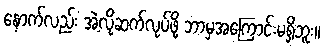
နောက်လည်း အဲ့လိုဆက်လုပ်ဖို့ ဘာမှအကြောင်းမရှိဘူး။